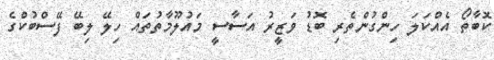
ކޮބާތޯ އެއްކަލަ ހިންގުންތެރި ބޮޑު ވަޒީރު އަސާސީ މައުލޫމާތުތައް ހިލޭ ލިބޭ ފޭސްބުކްގެ